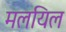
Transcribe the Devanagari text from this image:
मलयिल